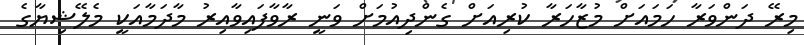
މިރޭ ދަންވަރާ ހަމައަށް މުޒާހަރާ ކުރިއަށް ގެންދިއުމަށް ވަނީ ރާވާފައިވާއިރު މާދަމާއަކީ މެލޭޝިޔާގެ